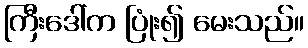
ကြီးဒေါ်က ပြုံး၍ မေးသည်။